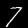
Label: 7